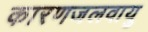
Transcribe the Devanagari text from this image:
कारणजलवायु